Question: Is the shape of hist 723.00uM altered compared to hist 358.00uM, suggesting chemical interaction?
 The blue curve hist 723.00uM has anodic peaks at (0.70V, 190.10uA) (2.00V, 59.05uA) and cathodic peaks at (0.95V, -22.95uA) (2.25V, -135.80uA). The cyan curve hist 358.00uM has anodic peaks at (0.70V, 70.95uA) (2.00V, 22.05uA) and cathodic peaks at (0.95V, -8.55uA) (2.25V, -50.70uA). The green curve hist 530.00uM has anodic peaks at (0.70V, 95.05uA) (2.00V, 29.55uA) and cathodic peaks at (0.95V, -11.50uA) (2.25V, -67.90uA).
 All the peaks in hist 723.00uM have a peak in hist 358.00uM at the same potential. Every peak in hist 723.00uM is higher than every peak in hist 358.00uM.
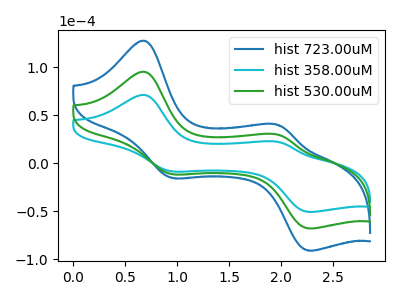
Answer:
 <answer>No, "hist 723.00uM" and "hist 358.00uM" don't appear to be significantly different in shape</answer>
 <eval>no_change</eval>